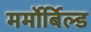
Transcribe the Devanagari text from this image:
मर्मोर्बिल्ड